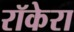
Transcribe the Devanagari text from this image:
रॉकेरा